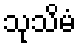
သုသိမံ